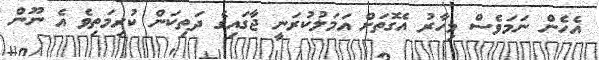
އެހެން ނަމަވެސް މިހާރު އެގޮތަށް އަމަލުކުރަނީ ޖާގައިގެ ދަތިކަން ކުރިމަތިވެ އެ ނޫން